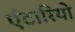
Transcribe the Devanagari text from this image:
एंटारियो